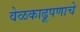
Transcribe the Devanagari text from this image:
वेळकाढूपणाचे